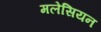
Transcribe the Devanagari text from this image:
मलेसियन